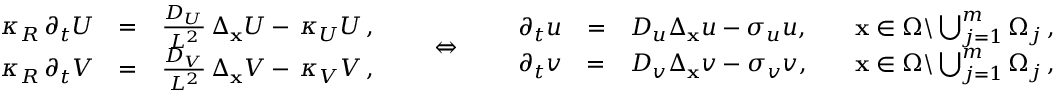
\begin{array} { r c l } { \kappa _ { R } \, \partial _ { t } U } & { = } & { \frac { D _ { U } } { L ^ { 2 } } \, \Delta _ { \bf x } U - \, \kappa _ { U } U \, , } \\ { \kappa _ { R } \, \partial _ { t } V } & { = } & { \frac { D _ { V } } { L ^ { 2 } } \, \Delta _ { \bf x } V - \, \kappa _ { V } V \, , } \end{array} \qquad { \Large \Leftrightarrow } \qquad \begin{array} { r c l l } { \partial _ { t } u } & { = } & { D _ { u } \Delta _ { \bf x } u - \sigma _ { u } u , \quad } & { { \bf x } \in \Omega \backslash \bigcup _ { j = 1 } ^ { m } \Omega _ { j } \, , } \\ { \partial _ { t } v } & { = } & { D _ { v } \Delta _ { \bf x } v - \sigma _ { v } v , \quad } & { { \bf x } \in \Omega \backslash \bigcup _ { j = 1 } ^ { m } \Omega _ { j } \, , } \end{array}